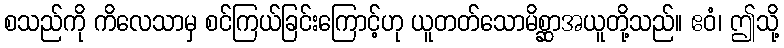
စသည်ကို ကိလေသာမှ စင်ကြယ်ခြင်းကြောင့်ဟု ယူတတ်သောမိစ္ဆာအယူတို့သည်။ ဧဝံ၊ ဤသို့